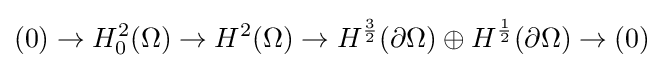
(0)\to H_{0}^{2}(\Omega )\to H^{2}(\Omega )\to H^{\frac {3}{2}}(\partial \Omega )\oplus H^{\frac {1}{2}}(\partial \Omega )\to (0)